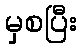
မှစပြီး